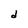
Character: d